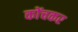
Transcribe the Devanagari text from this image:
कोंचकर